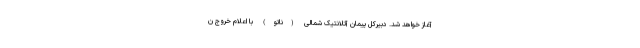
آغاز خواهد شد. دبیرکل پیمان آتلانتیک شمالی (ناتو) با اعلام خروج ن